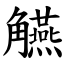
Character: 觾